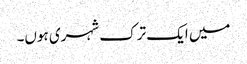
میں ایک ترک شہری ہوں۔